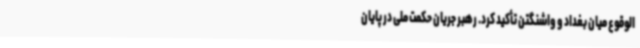
‌الوقوع میان بغداد و واشنگتن تأکید کرد. رهبر جریان حکمت ملی در پایان